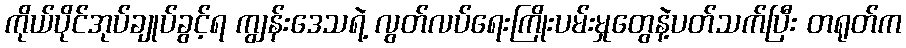
ကိုယ်ပိုင်အုပ်ချုပ်ခွင့်ရ ကျွန်းဒေသရဲ့ လွတ်လပ်ရေးကြိုးပမ်းမှုတွေနဲ့ပတ်သက်ပြီး တရုတ်က